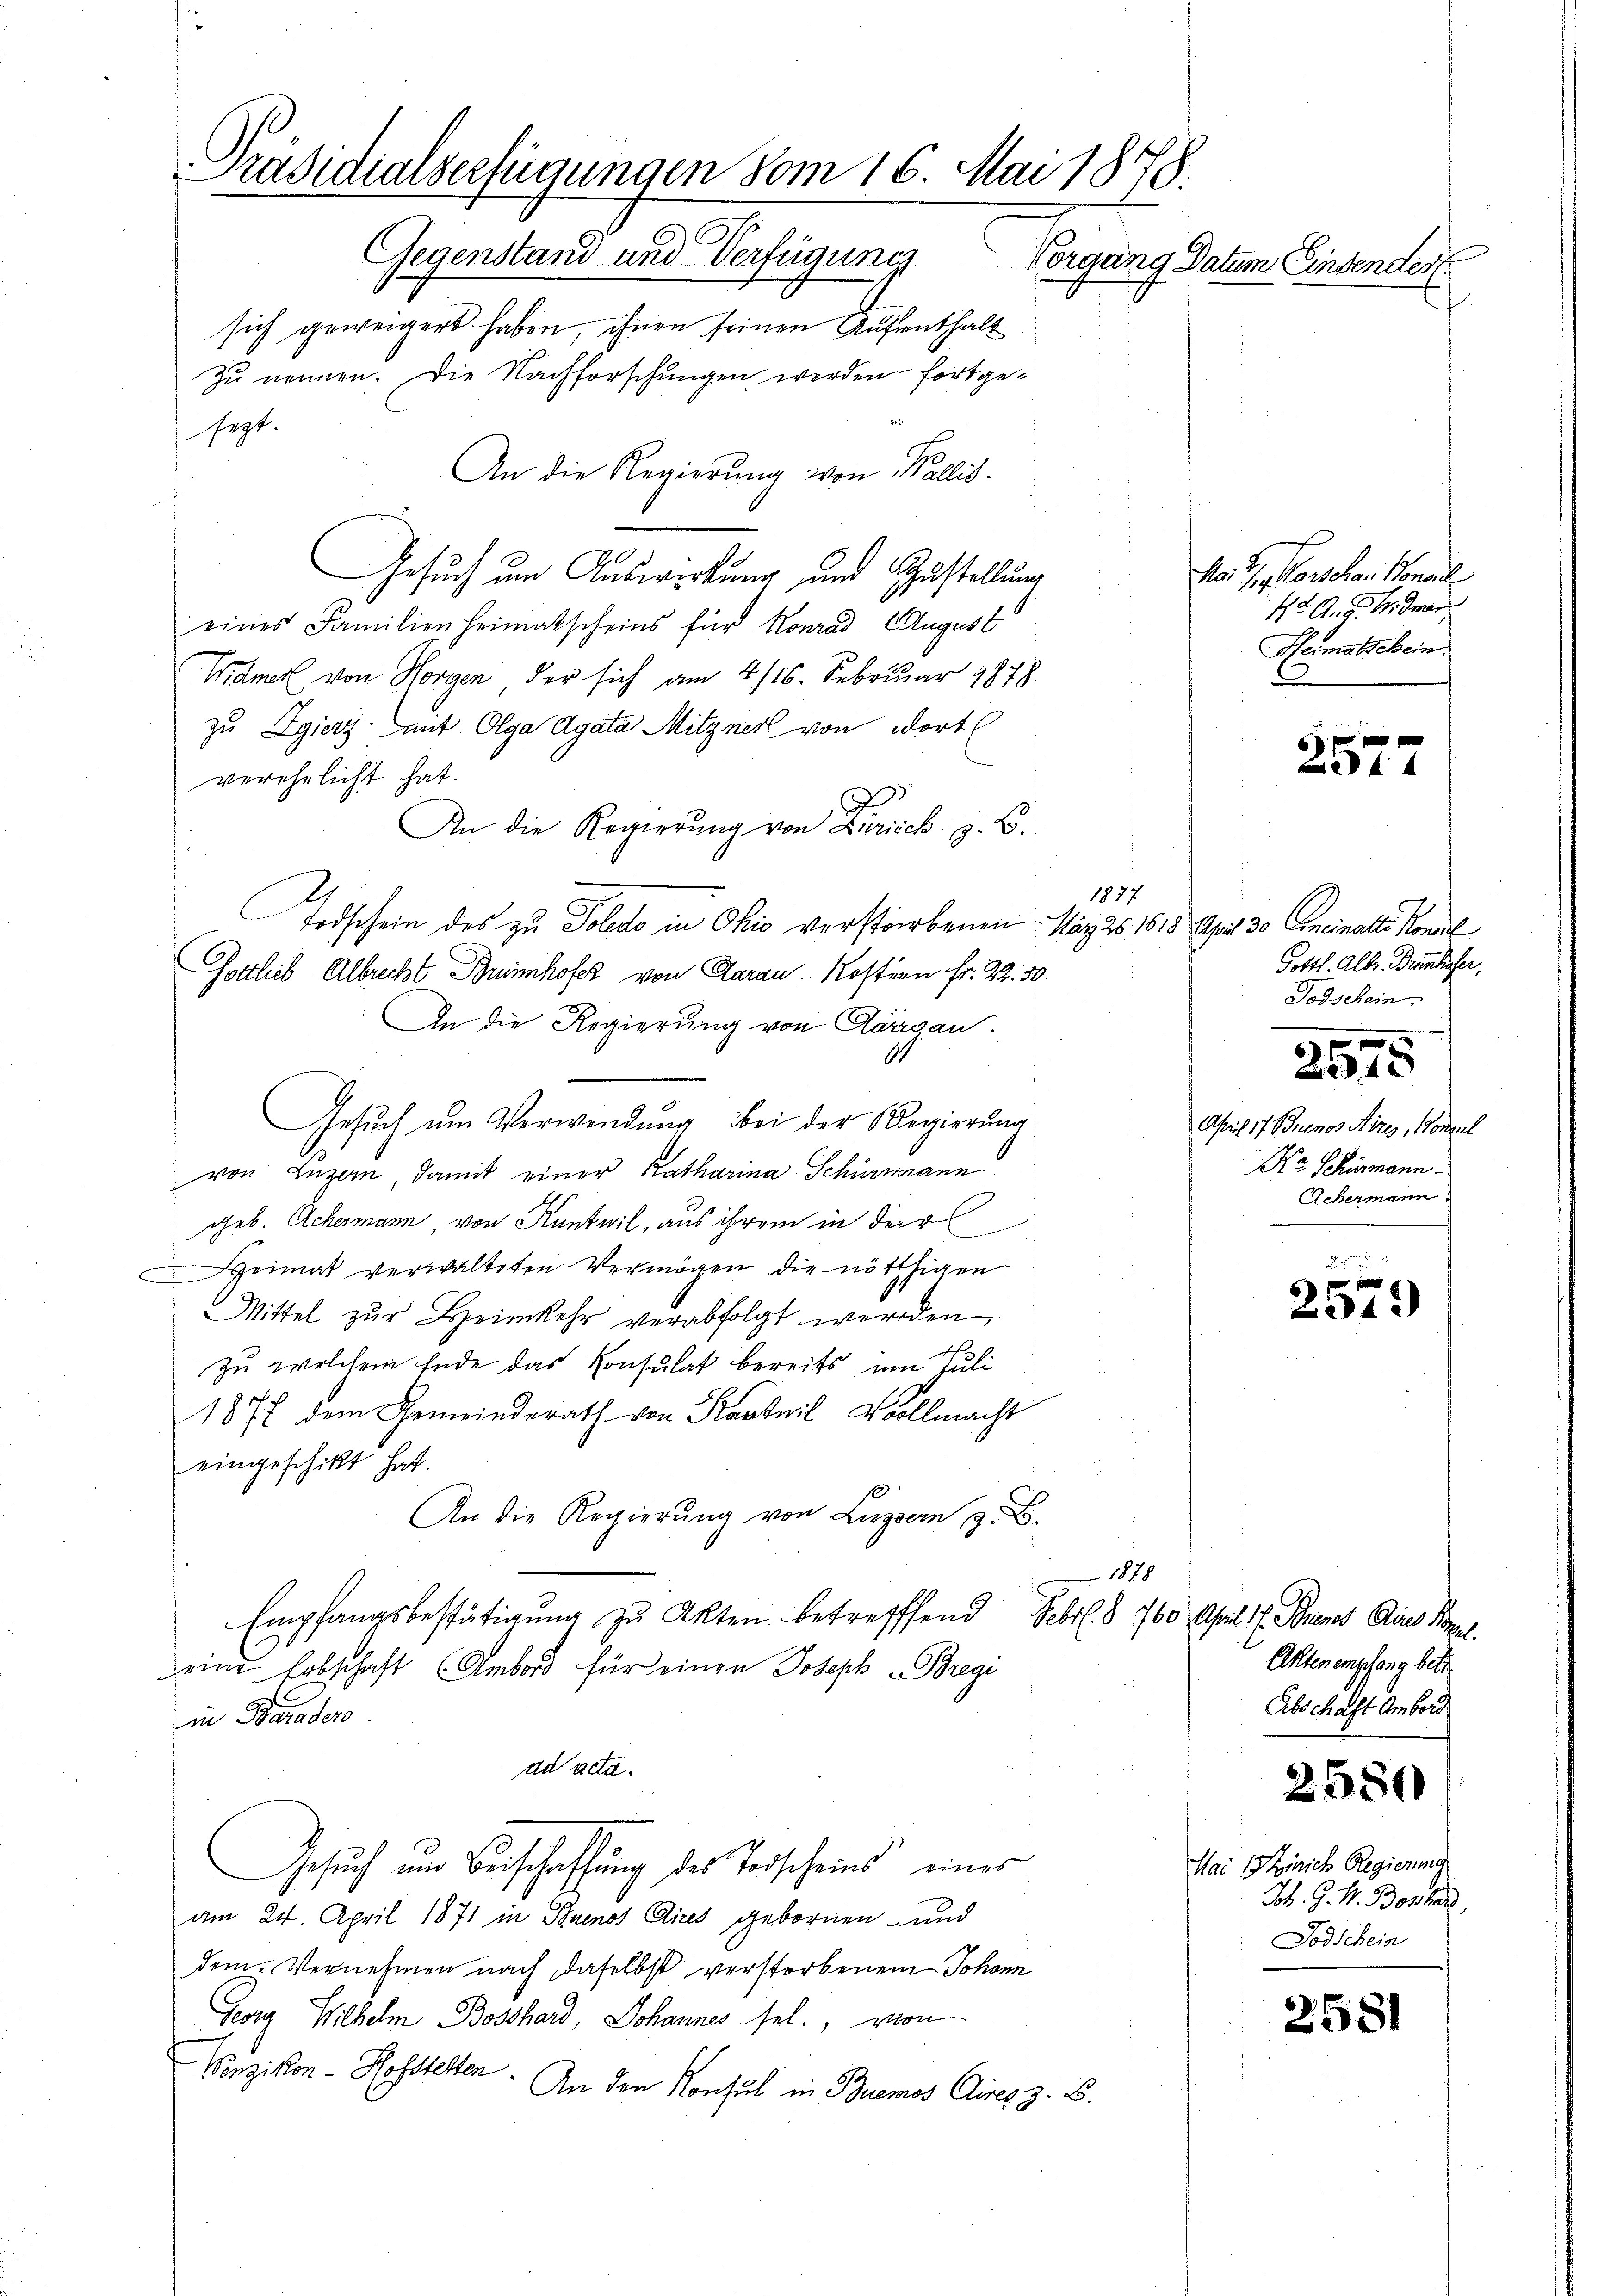
Präsidialserfügungen vom 16. Mai 1878.
Gegenstand und Verfügung
Vorgang Datum Einsender

sich geweigert haben, ihnen seinen Aufenthalt
zu nennen. Die Nachforschungen werden fortgesept.
An die Regierung von Pallis.
Gesuch um Auswirkung und Zustellung
eines Familienheimatscheins für Konrad. August
Widmer von Horgen der sich am 4/16. Februar 1878
zu Egiert mit Olga Agata Mitzner von dort
verehelicht hat.
An die Regierŭng von Zürich z. B.
Todschein des zu Polito in Ohio verstorbenen Näzis 1815 Uhr 30 Aneinalle Konzil
Gottlieb Albrecht Brennhofer von Garan. Kostern Fr. 22. 50.
An die Regierung von Aargau.
14
Gesuch um Verwendung bei der Regierung
von Luzern damit einer Katharina Schumann
geb. Achermann von Kanteil, aus ihrem in der
Heimat verwalteten Vermögen die nöthigen
Mittel zŭr Heimkehr verabfolgt werden
zu welchem Ende das Konsulat bereits um Juli
1877 dem Gemeinderath von Karteil Vollmacht
eingeschickt hat.
An die Regierŭng von Luzern z. B.
1878
Empfangsbestätigung zu Akten betrefffend Febr. § 760 April 1. Frenes Dies Porzel.
eine Erbschaft Abord für einen Joseph Bregi
in Baader
ad acta.
Gesuch um Beischaffung des Vorscheins eines
am 24. April 1871 in Stuenos Aires gebornen- und
dem. Vernehmen nach daselbst verstorbenem Johann
Georg Wilhelm Bosthard, Johannes sel., von
Vonzikon - Hofstetten
An den Konsul in Buemos Aires z. B.

1887

Mai. 1. Marschen Konsul
42. A. g. N. Zwar
Heimatschein

1 f 0 x

Gottl. Alber. Brunhofer,
Todschein.

2575

April 17 Buenos Aires, Kompel
Ko Schirmann
Achermann

2

2343)

Akten empfang betr.
Abschaft Ambord

2580

Mai 19 Zürich Regierung
Joh. G. P. Bosher
Todschein

2581